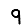
Digit: 9